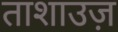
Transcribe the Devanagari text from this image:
ताशाउज़